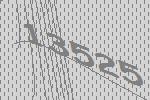
13525